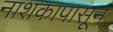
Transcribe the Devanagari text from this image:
नाशकापासून